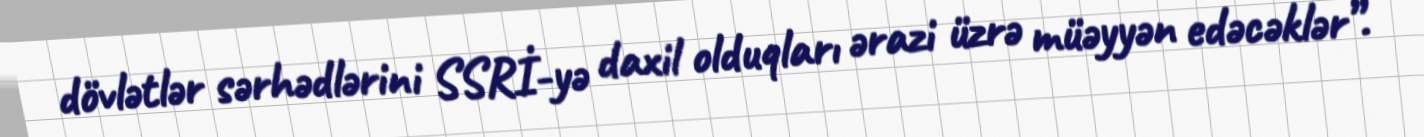
dövlətlər sərhədlərini SSRİ-yə daxil olduqları ərazi üzrə müəyyən edəcəklər”.